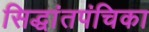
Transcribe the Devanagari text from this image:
सिद्धांतपंचिका